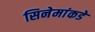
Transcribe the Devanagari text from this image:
सिनेमांकडे